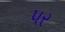
૫ર